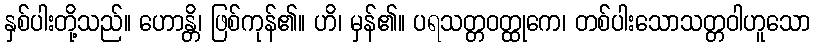
နှစ်ပါးတို့သည်။ ဟောန္တိ၊ ဖြစ်ကုန်၏။ ဟိ၊ မှန်၏။ ပရသတ္တဝတ္ထုကေ၊ တစ်ပါးသောသတ္တဝါဟူသော